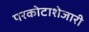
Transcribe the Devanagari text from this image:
परकोटाशेजारी